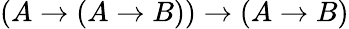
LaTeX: (A\to(A\to B))\to(A\to B)